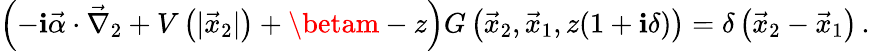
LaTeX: \left(-\mathbf{i}\vec{{\alpha}}\cdot\vec{{\nabla}}_{2}+V\left(|\vec{{x}}_{2}|\right)+\betam-z\right)G\left(\vec{{x}}_{2},\vec{{x}}_{1},z(1+\mathbf{i}\delta)\right)=\delta\left(\vec{{x}}_{2}-\vec{{x}}_{1}\right)\, .